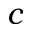
c